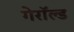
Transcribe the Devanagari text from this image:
गेरॉल्ड